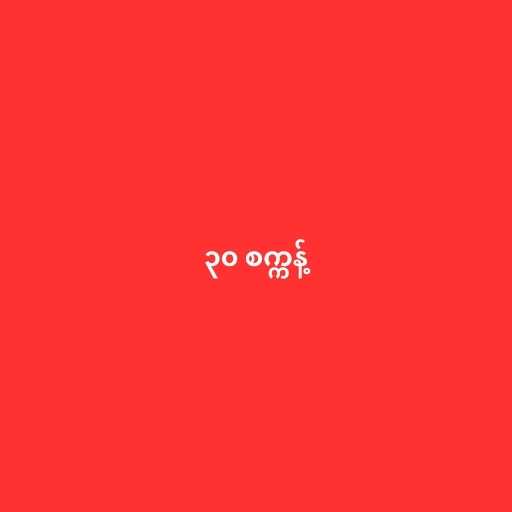
၃၀ စက္ကန့်